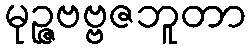
မုဉ္ဇဗဗ္ဗဇဘူတာ